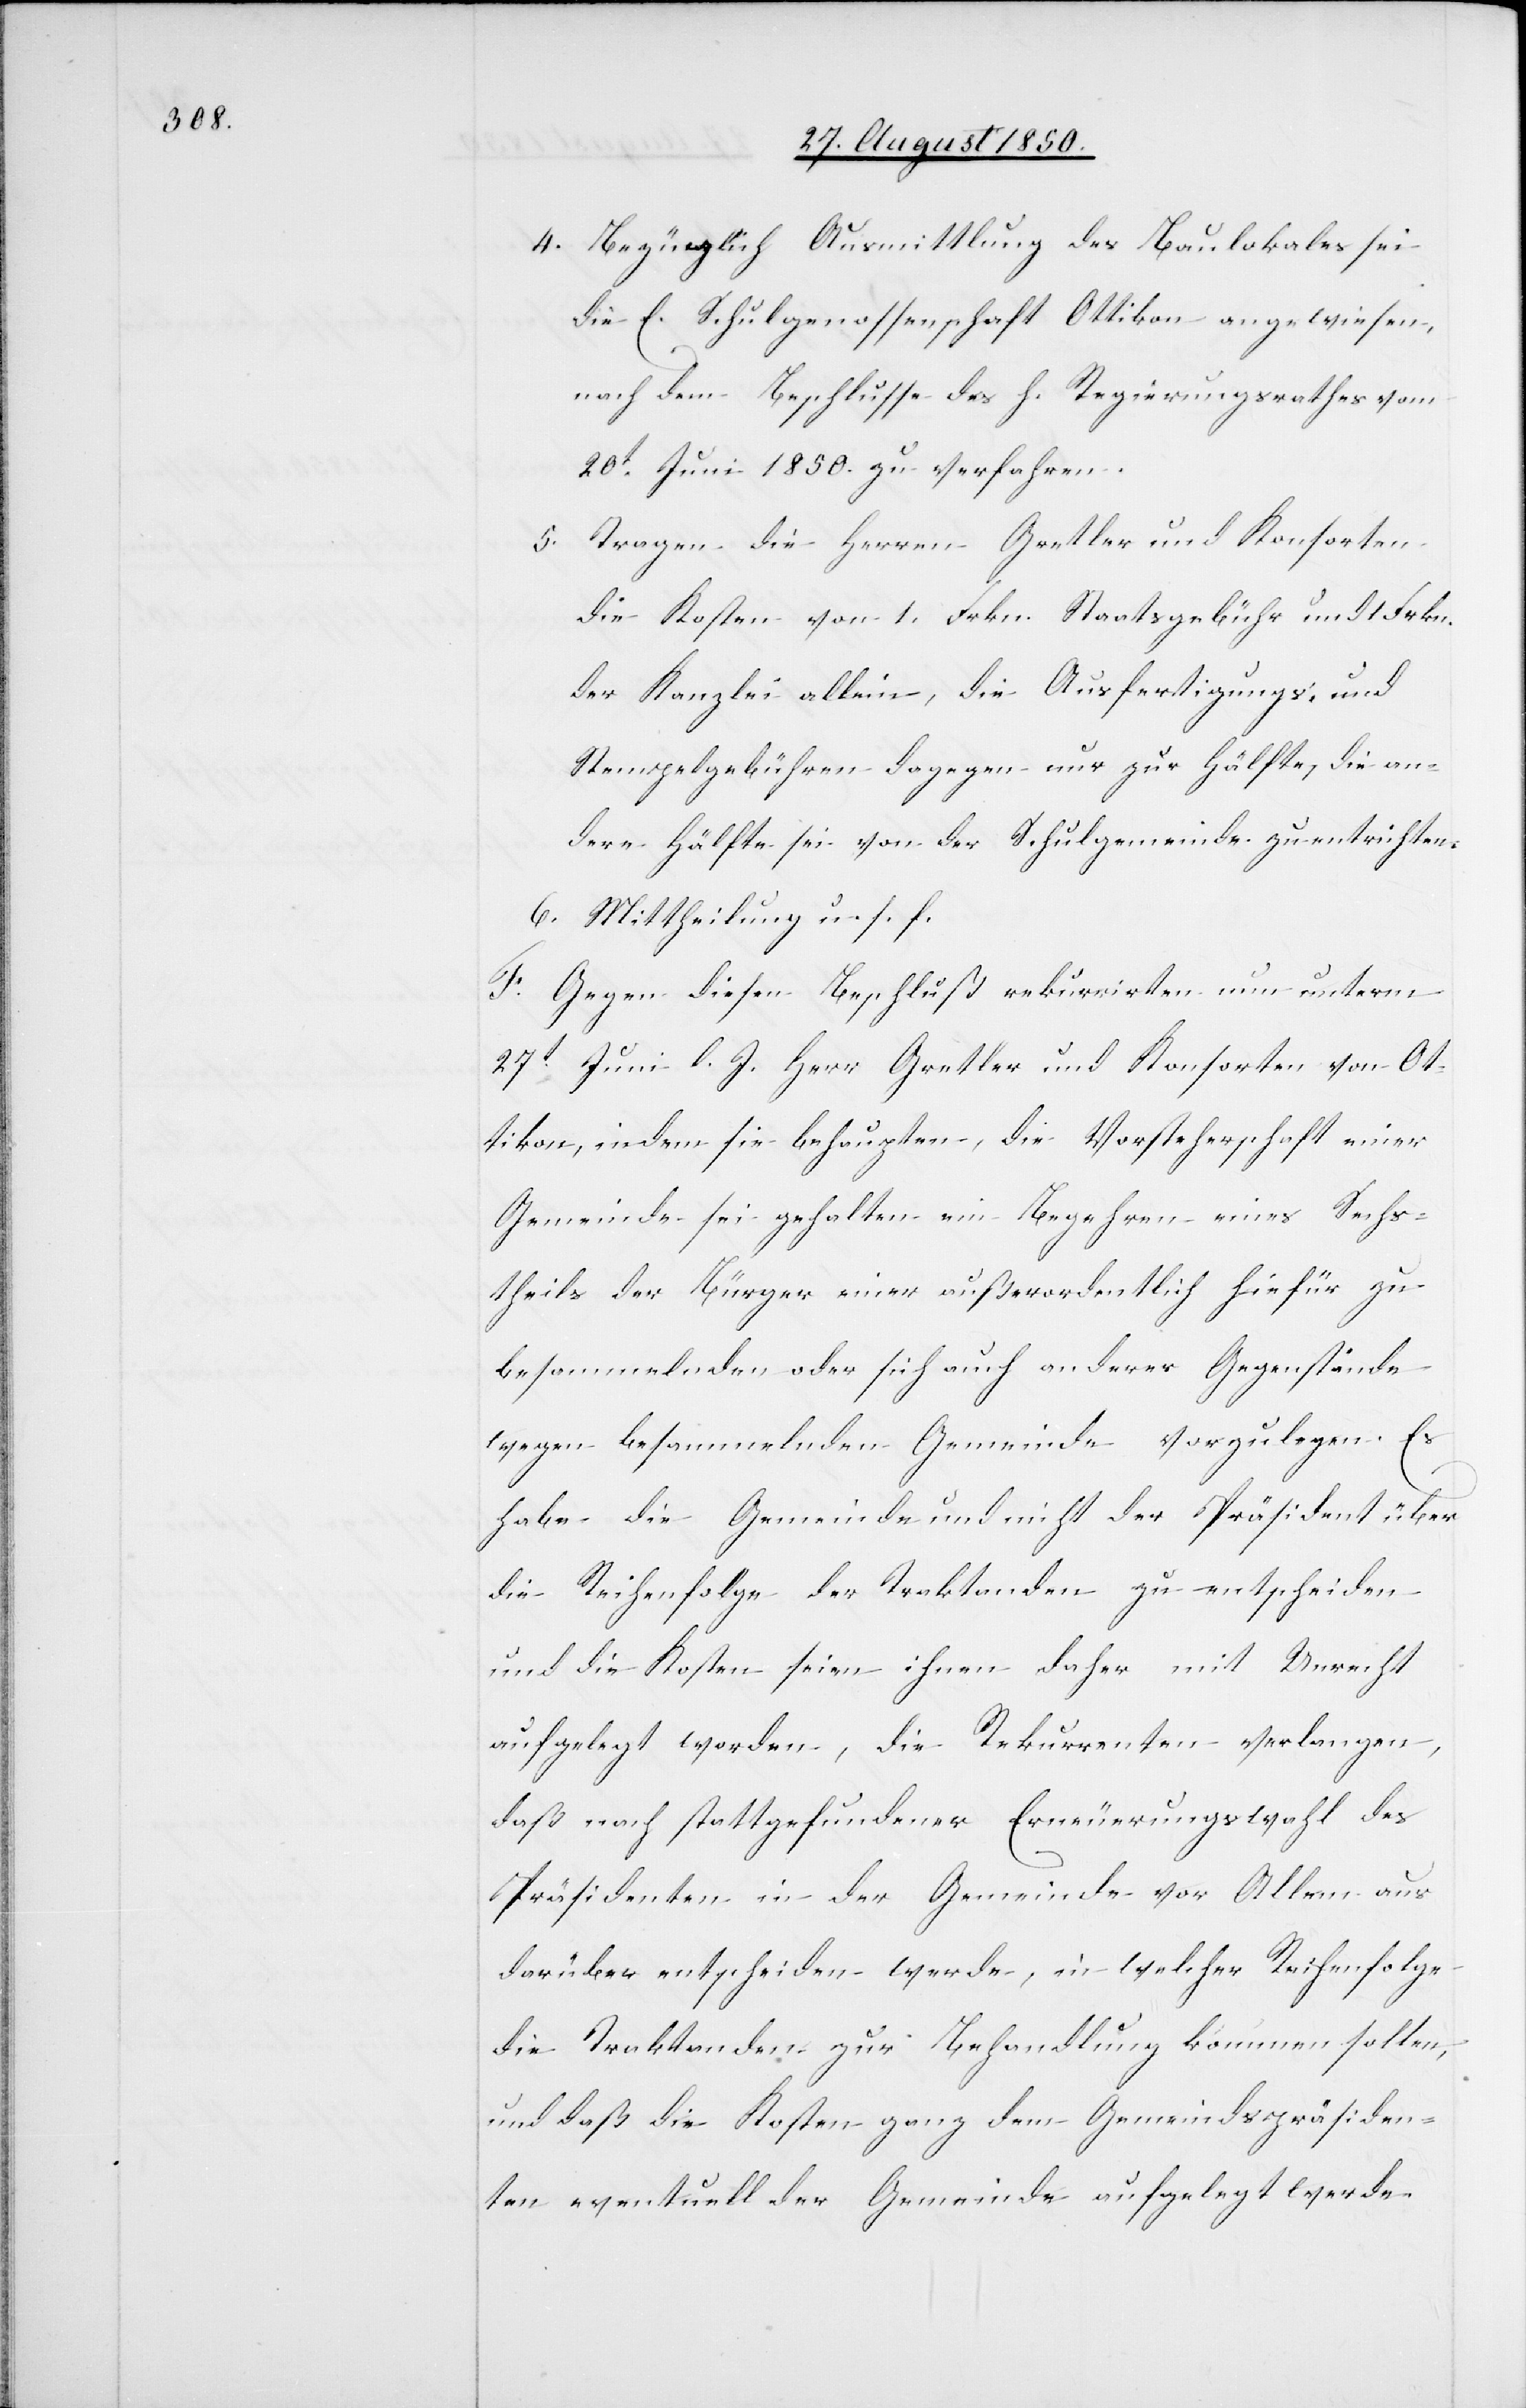
4. Bezüglich Ausmittlung des Baulokales sei
die E. Schulgenossenschaft Ottikon angewiesen,
nach dem Beschlusse des h. Regierungsrathes vom
20t Juni 1850. zu verfahren.
5. Tragen die Herren Gretler und Konsorten
die Kosten von 1. Frkn. Staatsgebühr und 1 Frkn.
der Kanzlei allein, die Ausfertigungs- und
Stempelgebühren dagegen nur zur Hälfte, die an¬
dere Hälfte sei von der Schulgemeinde zu entrichten.
6. Mittheilung u. s. f.
F.
Gegen diesen Beschluß rekurrirten nun unterm
27t Juni l. J. Herr Gretler und Konsorten von Ot¬
tikon, indem sie behaupten, die Vorsteherschaft einer
Gemeinde sei gehalten ein Begehren eines Sechs¬
theils der Bürger einer außerordentlich hiefür zu
besammelnden oder sich auch anderer Gegenstände
wegen besammelnden Gemeinde vorzulegen. Es
habe die Gemeinde und nicht der Präsident über
die Reihenfolge der Traktanden zu entscheiden
und die Kosten seien ihnen daher mit Unrecht
aufgelegt worden, die Rekurrenten verlangen,
daß nach stattgefundener Erneuerungswahl des
Präsidenten in der Gemeinde vor Allem aus
darüber entschieden werde, in welcher Reihenfolge
die Traktanden zur Behandlung kommen sollen,
und daß die Kosten ganz dem Gemeindspräsiden¬
ten eventuell der Gemeinde aufgelegt werde[n].